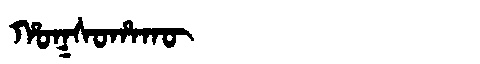
Manchu: ᡥᠣᡴᠰᠣᡥᠠᡴᡡ
Romanization: HOKSOHAKŪ